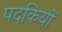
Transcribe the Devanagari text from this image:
पदकियों